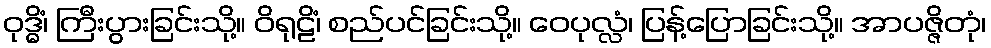
ဝုဒ္ဓိံ၊ ကြီးပွားခြင်းသို့။ ဝိရုဠိံ၊ စည်ပင်ခြင်းသို့။ ဝေပုလ္လံ၊ ပြန့်ပြောခြင်းသို့။ အာပဇ္ဇိတုံ၊